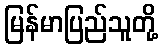
မြန်မာပြည်သူတို့